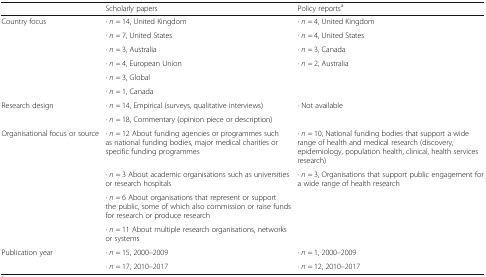
<table><thead><tr><td></td><td><b>Scholarly papers</b></td><td><b>Policy reports<sup>a</sup></b></td></tr></thead><tbody><tr><td rowspan="6">Country focus</td><td>∙ <i>n</i> = 14, United Kingdom</td><td>∙ <i>n</i> = 4, United Kingdom</td></tr><tr><td>∙ <i>n</i> = 7, United States</td><td>∙ <i>n</i> = 4, United States</td></tr><tr><td>∙ <i>n</i> = 3, Australia</td><td>∙ <i>n</i> = 3, Canada</td></tr><tr><td>∙ <i>n</i> = 4, European Union</td><td rowspan="3">∙ <i>n</i> = 2, Australia</td></tr><tr><td>∙ <i>n</i> = 3, Global</td></tr><tr><td>∙ <i>n</i> = 1, Canada</td></tr><tr><td rowspan="2">Research design</td><td>∙ <i>n</i> = 14, Empirical (surveys, qualitative interviews)</td><td rowspan="2">∙ Not available</td></tr><tr><td>∙ <i>n</i> = 18, Commentary (opinion piece or description)</td></tr><tr><td rowspan="4">Organisational focus or source</td><td>∙ <i>n</i> = 12 About funding agencies or programmes such as national funding bodies, major medical charities or specific funding programmes</td><td>∙ <i>n</i> = 10, National funding bodies that support a wide range of health and medical research (discovery, epidemiology, population health, clinical, health services research)</td></tr><tr><td>∙ <i>n</i> = 3 About academic organisations such as universities or research hospitals</td><td rowspan="3">∙ <i>n</i> = 3, Organisations that support public engagement for a wide range of health research</td></tr><tr><td>∙ <i>n</i> = 6 About organisations that represent or support the public, some of which also commission or raise funds for research or produce research</td></tr><tr><td>∙ <i>n</i> = 11 About multiple research organisations, networks or systems</td></tr><tr><td rowspan="2">Publication year</td><td>∙ <i>n</i> = 15, 2000–2009</td><td>∙ <i>n</i> = 1, 2000–2009</td></tr><tr><td>∙ <i>n</i> = 17, 2010–2017</td><td>∙ <i>n</i> = 12, 2010–2017</td></tr></tbody></table>